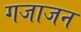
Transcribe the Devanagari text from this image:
गजाजन